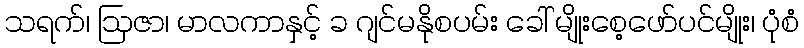
သရက်၊ ဩဇာ၊ မာလကာနှင့် ခ ဂျင်မနိုစပမ်း ခေါ် မျိုးစေ့ဖော်ပင်မျိုး၊ ပုံစံ